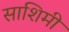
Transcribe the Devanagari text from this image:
साशिमी